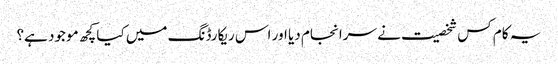
یہ کام کس شخصیت نے سرانجام دیا اور اس ریکارڈنگ میں کیا کچھ موجود ہے؟